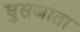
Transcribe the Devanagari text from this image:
घुसजाता